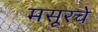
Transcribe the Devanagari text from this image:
मसूरचे